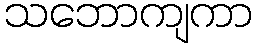
သဘောကျကာ